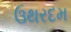
ઉથરદમ